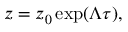
\boldsymbol { z } = \boldsymbol { z } _ { 0 } \exp ( \boldsymbol { \Lambda } \tau ) ,